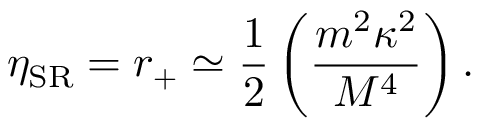
\eta _ { \mathrm { S R } } = r _ { + } \simeq { \frac { 1 } { 2 } } \left( { \frac { m ^ { 2 } \kappa ^ { 2 } } { M ^ { 4 } } } \right) .